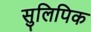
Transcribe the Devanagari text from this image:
सुलिपिक